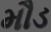
મૌડ